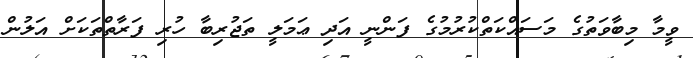
ވީމާ މިބާވަތުގެ މަސައްކަތްކުރުމުގެ ފަންނީ އަދި ޢަމަލީ ތަޖުރިބާ ހުރި ފަރާތްތަކަށް އަލުން